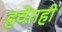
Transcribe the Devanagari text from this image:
हवेतही